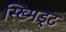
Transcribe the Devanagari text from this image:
स्ख्मिड्ट